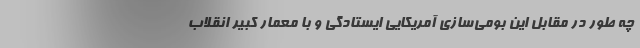
چه طور در مقابل این بومی‌سازی آمریکایی ایستادگی و با معمار کبیر انقلاب